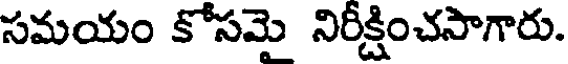
సమయం కోసమె నిరీక్షించసాగారు.